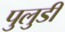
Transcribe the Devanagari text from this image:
पुलुडी